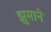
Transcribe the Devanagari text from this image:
झुमाने